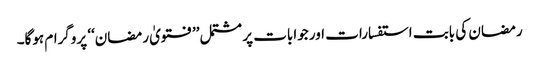
رمضان کی بابت استفسارات اور جوابات پر مشتمل ’’فتویٰ رمضان‘‘ پروگرام ہوگا۔